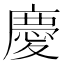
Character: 慶